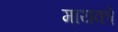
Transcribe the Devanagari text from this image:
मायको